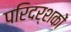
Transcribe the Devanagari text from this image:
परिदर्शकों